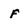
Character: f